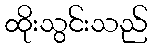
ထိုးသွင်းသည်